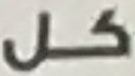
كل